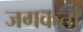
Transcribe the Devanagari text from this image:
जगकर्ता